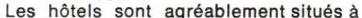
Les hôtels sont agréablement situés à